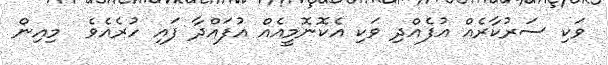
ވަކި ސަރުކާރެއް އުފެއްދި ވަކި އެކޮނޮމީއެއް އުފައްދާ ފައި ހުރެއެވެ  މިއިން